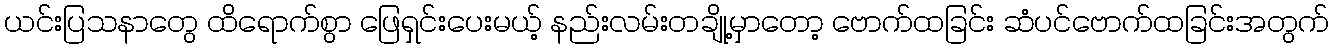
ယင်းပြသနာတွေ ထိရောက်စွာ ဖြေရှင်းပေးမယ့် နည်းလမ်းတချို့မှာတော့ ဗောက်ထခြင်း ဆံပင်ဗောက်ထခြင်းအတွက်